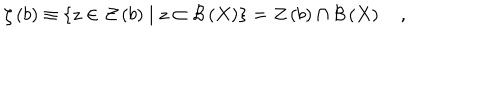
LaTeX: \zeta \left( b \right) \equiv \left\{ z \in { \cal Z } \left( b \right) \mid z \subset { \cal B } \left( X \right) \right\} = { \cal Z } \left( b \right) \cap { \cal B } \left( X \right) \quad ,